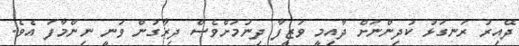
ދޭއިރު ރަނގަޅު ކުދިންނަށް ދާއިމީ ވަޒީފާ ދިނުމަށްވެސް ދިރާގުން ވަނީ ނިންމާފަ އެވެ.